画像に写った文字を読んでください
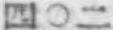
「四〇二」と書いてあります